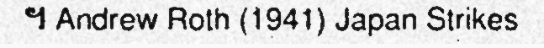
។ Andrew Roth (1941) Japan Strikes